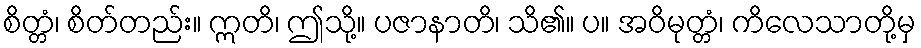
စိတ္တံ၊ စိတ်တည်း။ ဣတိ၊ ဤသို့။ ပဇာနာတိ၊ သိ၏။ ပ။ အဝိမုတ္တံ၊ ကိလေသာတို့မှ